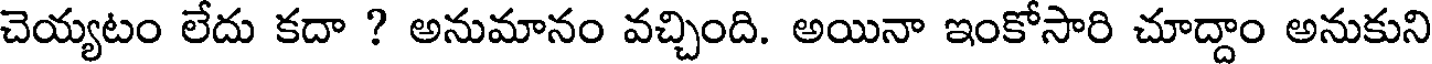
చెయ్యటం లేదు కదా ? అనుమానం వచ్చింది. అయినా ఇంకోసారి చూద్దాం అనుకుని